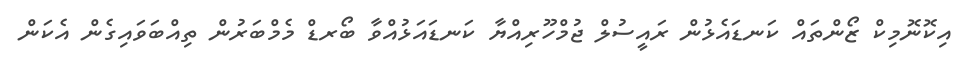
އިކޮނޮމިކް ޒޯންތައް ކަނޑައެޅުން ރައީސުލް ޖުމްހޫރިއްޔާ ކަނޑައަޅުއްވާ ބޯރޑް މެމްބަރުން ތިއްބަވައިގެން އެކަން